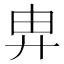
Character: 𢍁